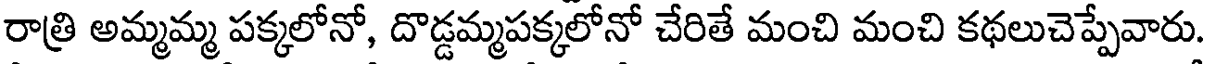
రాత్రి అమ్మమ్మ పక్కలోనో, దొడ్డమ్మపక్కలోనో చేరితే మంచి మంచి కథలుచెప్పేవారు.